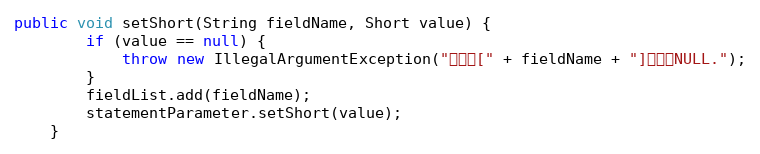
Language: Java
public void setShort(String fieldName, Short value) {
		if (value == null) {
			throw new IllegalArgumentException("参数值[" + fieldName + "]不能为NULL.");
		}
		fieldList.add(fieldName);
		statementParameter.setShort(value);
	}